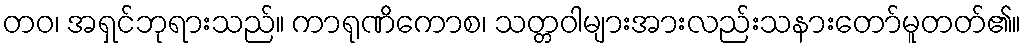
တဝ၊ အရှင်ဘုရားသည်။ ကာရုဏိကောစ၊ သတ္တဝါများအားလည်းသနားတော်မူတတ်၏။